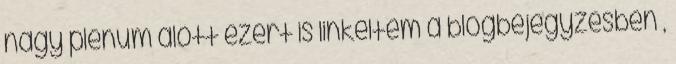
nagy plénum alőtt ezért is linkeltem a blogbejegyzésben ,